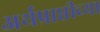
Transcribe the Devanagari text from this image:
अर्थप्राप्तीच्या